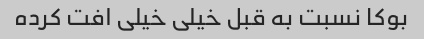
بوکا نسبت به قبل خیلی خیلی افت کرده